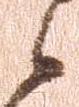
候